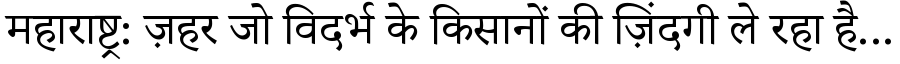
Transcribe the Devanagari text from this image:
महाराष्ट्र: ज़हर जो विदर्भ के किसानों की ज़िंदगी ले रहा है...